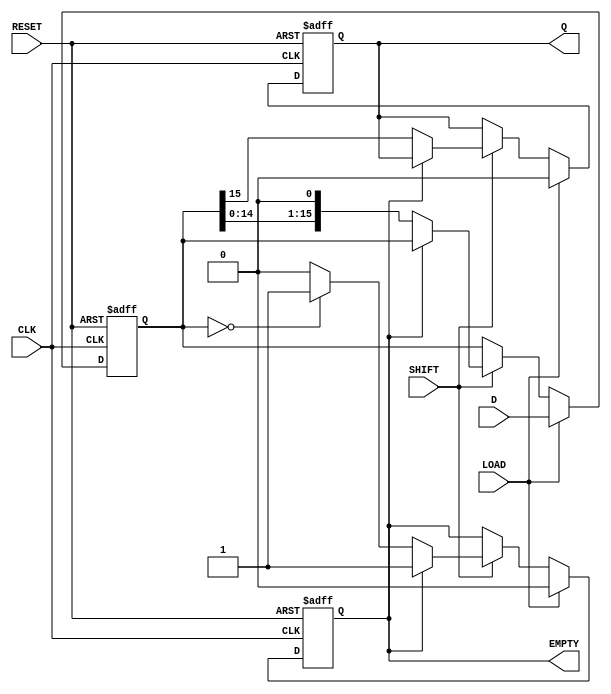
module PISO_Register (
    input wire [15:0] D,      // 16-bit input data bus
    input wire LOAD,          // Load control signal
    input wire SHIFT,         // Shift control signal
    input wire CLK,           // Clock signal
    input wire RESET,         // Asynchronous reset signal
    output reg Q,             // Serial output
    output reg EMPTY          // Empty flag
);

    reg [15:0] shift_reg;     // 16-bit shift register

    always @(posedge CLK or posedge RESET) begin
        if (RESET) begin
            shift_reg <= 16'b0; // Clear the register
            Q <= 1'b0;          // Clear serial output
            EMPTY <= 1'b1;      // Register is empty
        end else if (LOAD) begin
            shift_reg <= D;     // Load data into the register
            Q <= 1'b0;          // Clear serial output
            EMPTY <= 1'b0;      // Register is now full
        end else if (SHIFT) begin
            if (!EMPTY) begin
                Q <= shift_reg[15]; // Shift out the MSB
                shift_reg <= {shift_reg[14:0], 1'b0}; // Shift left
                if (shift_reg == 16'b0) begin
                    EMPTY <= 1'b1; // Set EMPTY if all bits are shifted out
                end
            end
        end
    end

endmodule